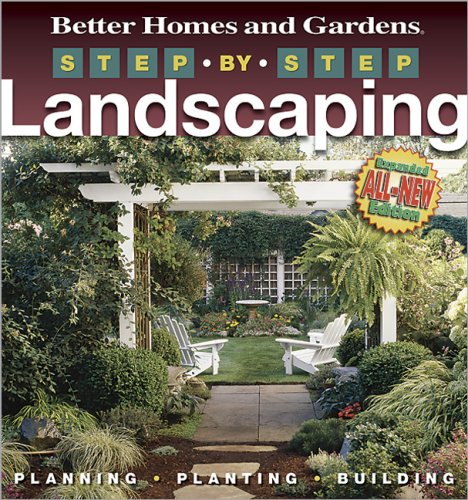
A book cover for Step-by-Step Landscaping (2nd Edition) (Better Homes and Gardens Gardening); Better Homes and Gardens; Crafts, Hobbies & Home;